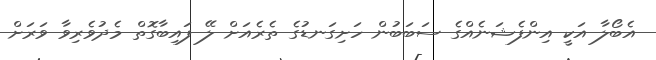
އެބޯލާ އަކީ އިންފެޝަނެއްގެ ސަބަބުން ހަށިގަނޑުގެ ތެރެއަށް ލޭ ފައިބާގޮތް މެދުވެރިވާ ވަރަށް